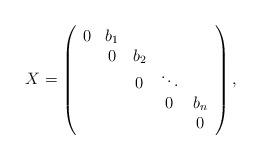
LaTeX: \begin{align*} X = \left( \begin{array}{cccccccc} 0 & b_1 \\ & 0 & b_2 \\ & & 0 & \ddots \\ & & & 0 & b_n \\ & & & & 0\end{array} \right),\end{align*}